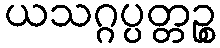
ယသဂ္ဂပ္ပတ္တဉ္စ